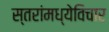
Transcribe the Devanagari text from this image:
स्तरांमध्येविचार